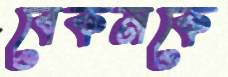
বেকনকে